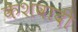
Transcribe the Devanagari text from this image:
केशवादी